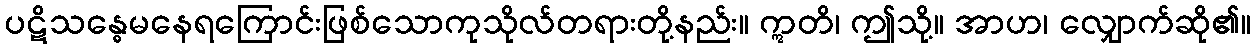
ပဋိသန္ဓေမနေရကြောင်းဖြစ်သောကုသိုလ်တရားတို့နည်း။ ဣတိ၊ ဤသို့။ အာဟ၊ လျှောက်ဆို၏။